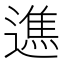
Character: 𨖵